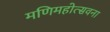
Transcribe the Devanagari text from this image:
मणिमहोत्सवना